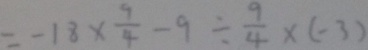
= - 1 8 \times \frac { 9 } { 4 } - 9 \div \frac { 9 } { 4 } \times ( - 3 )